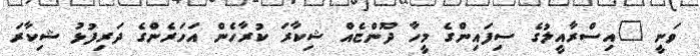
ވަނީ "އިސްރާއީލުގެ ސިފައިންގެ މީހާ ދޫންޏެއް ޝިކާރަ ކުރާހެން އަހަރެންގެ ދަރިފުޅު ޝިކާރަ